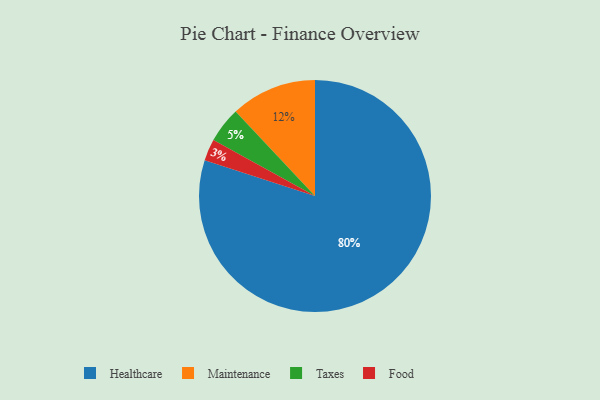
{"axis": {"x": "Category", "y": "Percentage"}, "legend": ["Food", "Healthcare", "Maintenance", "Taxes"], "data": [{"x": "Healthcare", "y": 80, "type": "Healthcare"}, {"x": "Food", "y": 3, "type": "Food"}, {"x": "Maintenance", "y": 12, "type": "Maintenance"}, {"x": "Taxes", "y": 5, "type": "Taxes"}]}